Civil Veterinary Department. Madras. Admin. report 1926-33 - 1926-1933
Year: 1926
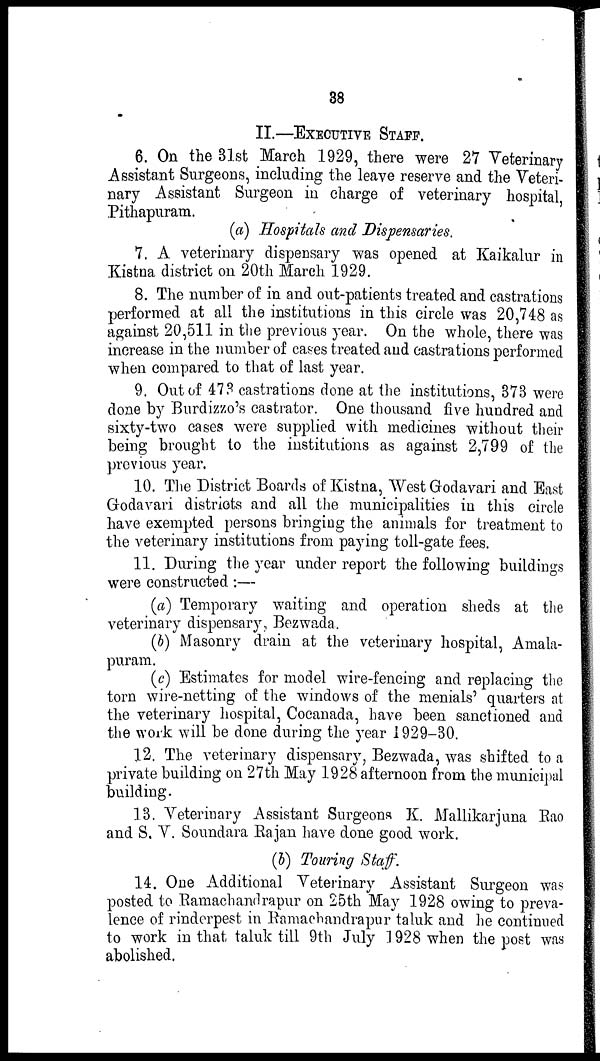
38
II.—EXECUTIVE STAFF.
6. On the 31st March 1929, there were 27 Veterinary
Assistant Surgeons, including the leave reserve and the Veteri-
nary Assistant Surgeon in charge of veterinary hospital,
Pithapuram.
(a) Hospitals and Dispensaries.
7. A veterinary dispensary was opened at Kaikalur in
Kistna district on 20th March 1929.
8. The number of in and out-patients treated and castrations
performed at all the institutions in this circle was 20,748 as
against 20,511 in the previous year. On the whole, there was
increase in the number of cases treated and castrations performed
when compared to that of last year.
9. Out of 473 castrations done at the institutions, 373 were
done by Burdizzo's castrator. One thousand five hundred and
sixty-two cases were supplied with medicines without their
being brought to the institutions as against 2,799 of the
previous year.
10. The District Boards of Kistna, West Godavari and East
Godavari districts and all the municipalities in this circle
have exempted persons bringing the animals for treatment to
the veterinary institutions from paying toll-gate fees.
11. During the year under report the following buildings
were constructed:—
(a) Temporary waiting and operation sheds at the
veterinary dispensary, Bezwada,
(b) Masonry drain at the veterinary hospital, Amala-
puram.
(c) Estimates for model wire-fencing and replacing the
torn wire-netting of the windows of the menials' quarters at
the veterinary hospital, Cocanada, have been sanctioned and
the work will be done during the year 1929-30.
12. The veterinary dispensary, Bezwada, was shifted to a
private building on 27th May 1928 afternoon from the municipal
building.
13. Veterinary Assistant Surgeons K. Mallikarjuna Rao
and S. V. Soundara Rajan have done good work.
(b) Touring Staff.
14. One Additional Veterinary Assistant Surgeon was
posted to Ramachandrapur on 25th May 1928 owing to preva-
lence of rinderpest in Romachandrapur taluk and he continued
to work in that taluk till 9th July 1928 when the post was
abolished.